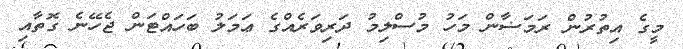
މީގެ އިތުރުން ރަމަޟާން މަހު މުސްލިމު ދަރިވަރެއްގެ ޢަމަލު ބަހައްޓަން ޖެހޭނެ ގޮތާއި